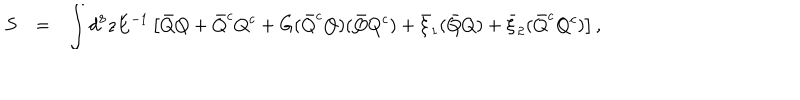
LaTeX: \begin{array} { r c l } { { S } } & { { = } } & { { \displaystyle \int d ^ { 8 } z E ^ { - 1 } \left[ \bar { Q } Q + \bar { Q } ^ { c } Q ^ { c } + G ( \bar { Q } ^ { c } Q ) ( \bar { Q } Q ^ { c } ) + \bar { \xi } _ { 1 } ( \bar { Q } Q ) + \bar { \xi } _ { 2 } ( \bar { Q } ^ { c } Q ^ { c } ) \right] , } } \\ \end{array}